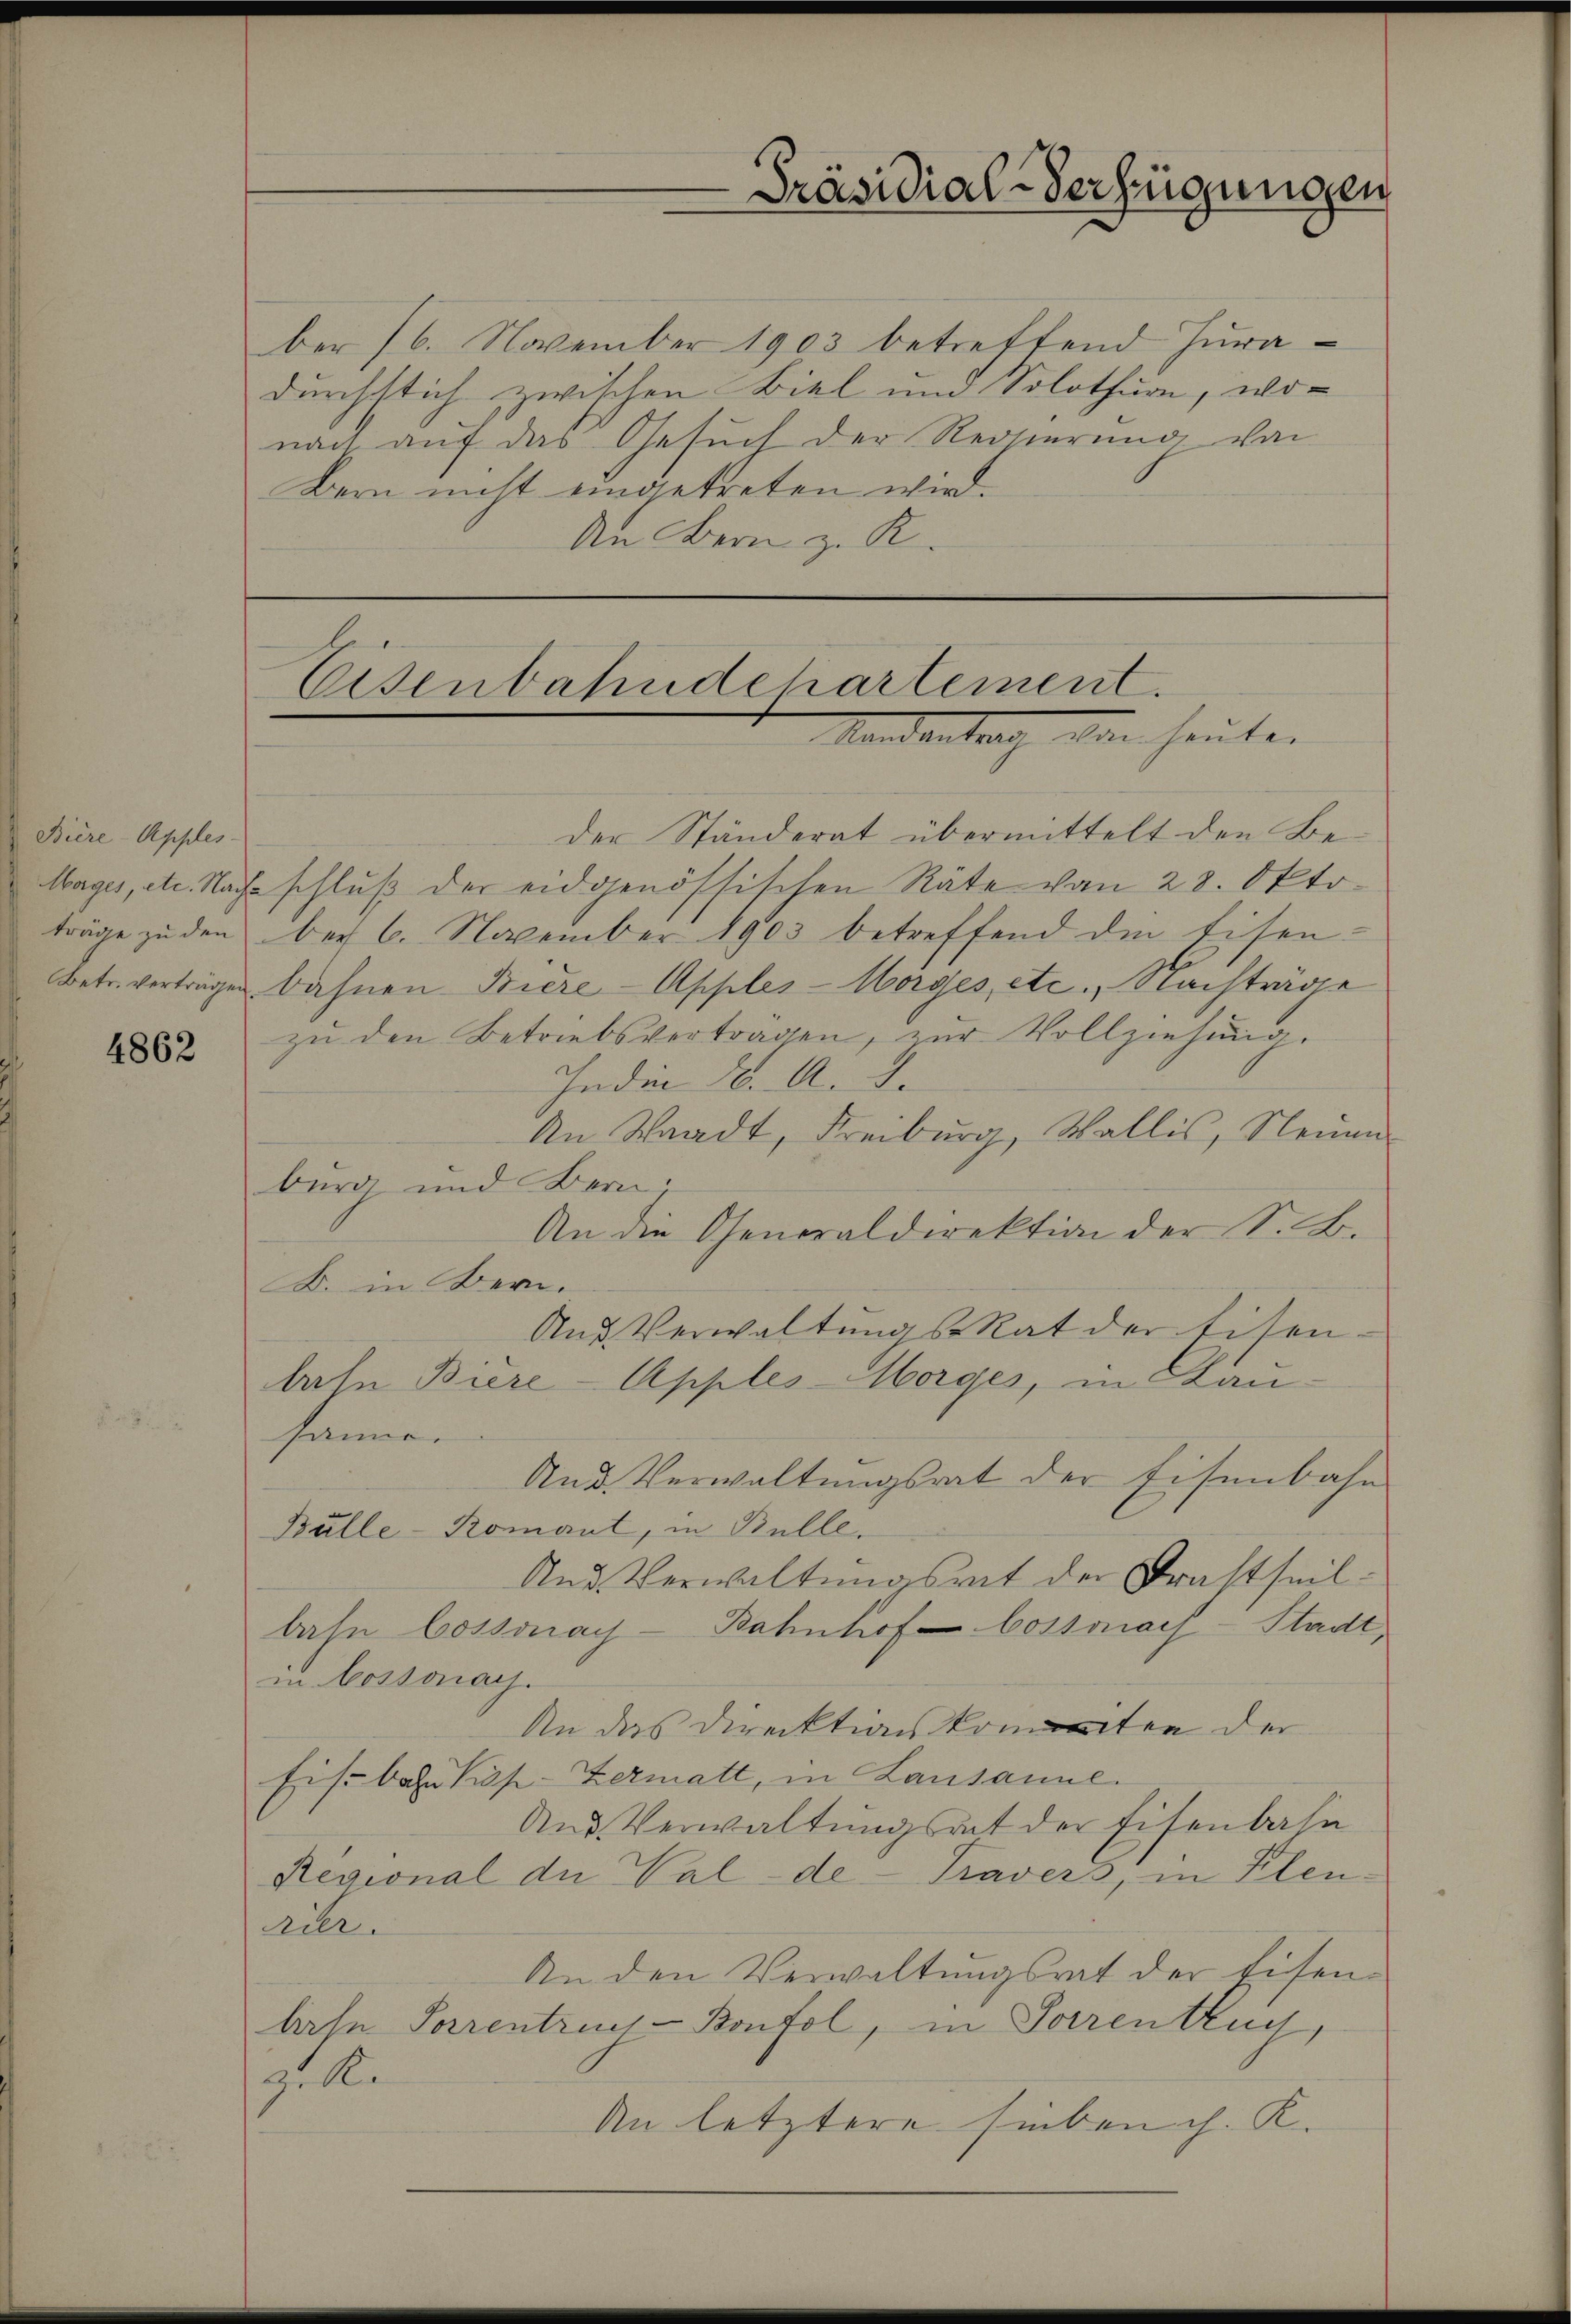
Biere Apples-

4862

ber 16. November 1903 betreffend Juradurchstich zwischen Biel und Solothurn, wor
nach auf das Gesuch der Regierung von
Bern nicht eingetreten wird.
An Bern z. R.

Eisenbahndchartement.
Mandantrag am heute.

der Ständerat übermittelt den Be-
Mages, etc. Nachschluß der eidgenössischen Räte von 28. Oktoträge zu den bey 6. November 1903 betreffend die Eisen-
betr. verträgen bahnen Biere-Apples-Morges, etc., Nachträge
zu den Betriebsvertragen, zur Vollziehung.
In die 26. A. S.
An Waadt, Freiburg, Wallis, Neuen
burg und Bern
An die Generaldirektion der S. B.
K. in Bern.
And Verwaltŭngs-Rat der Eisen-
late Biere-Apples-Morges, in Stanhannen
Und Verwaltŭngsrat der Eisenbahn
Bulle-Komant, in Bulle.
Und Verwaltŭngsrat der Krastheilbahn Cossonay-Bahnhof Cossonach-Stadt,
in Cossonach.
An das Direktionskommten der
Eist bahnhof-Zermatt, in Lausanne.
And Verwaltungsrat der Eisenbahn
Resional der Walde Travers, in Elen-
rier.
An den Verwaltungsrat der Eisenlirte Parrentrues-Bonfol, in Sorrenbruch,
z. R.
An letztere sieben ch. K.

Präsidial-Verfügungen